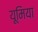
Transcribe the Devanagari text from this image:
यूमिया